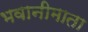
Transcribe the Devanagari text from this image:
भवानीमाता